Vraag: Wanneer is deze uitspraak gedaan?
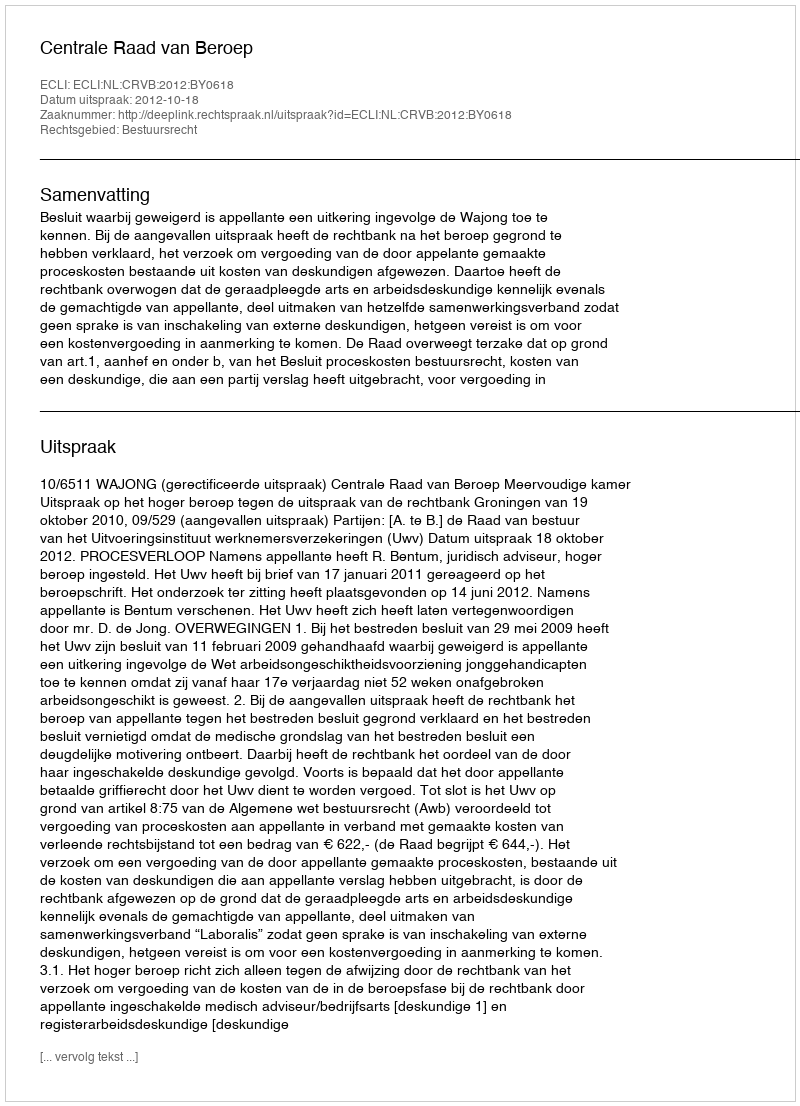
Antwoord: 2012-10-18